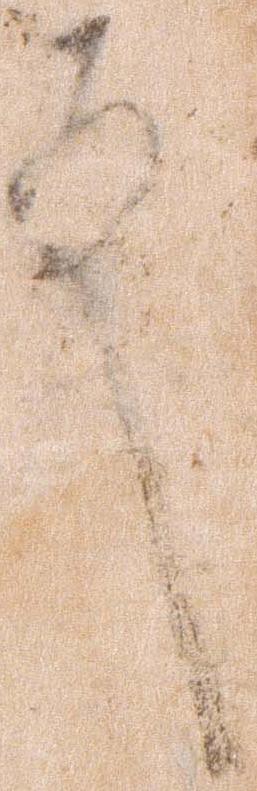
殿